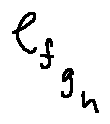
e _ { f _ { g _ { h } } }